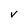
Character: V